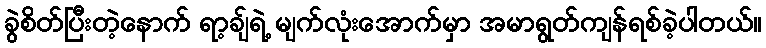
ခွဲစိတ်ပြီးတဲ့နောက် ရာ့ချ်ရဲ့ မျက်လုံးအောက်မှာ အမာရွတ်ကျန်ရစ်ခဲ့ပါတယ်။